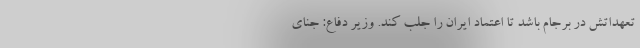
تعهداتش در برجام باشد تا اعتماد ایران را جلب کند. وزیر دفاع: جنای